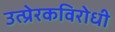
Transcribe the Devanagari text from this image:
उत्प्रेरकविरोधी